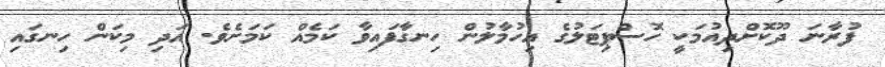
ފުރާނަ ދޫކޮށްދިއުމަކީ ހޮސްޕިޓަލުގެ އިހުމާލުން ހިނގާފައިވާ ކަމެއް ކަމަށެވެ. އަދި މިކަން ހިނގައި